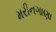
મરીનગાણા